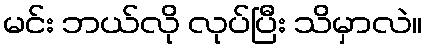
မင်း ဘယ်လို လုပ်ပြီး သိမှာလဲ။